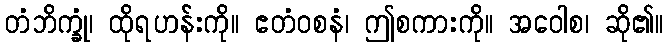
တံဘိက္ခုံ၊ ထိုရဟန်းကို။ ဧတံဝစနံ၊ ဤစကားကို။ အဝေါစ၊ ဆို၏။